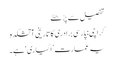
تفصیل سے پڑھئے
کراچی: پارسی برادری کا تاریخی آتشکدہ
یہ عمارت ’اگیاری‘ ہے۔